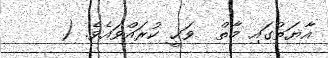
އާޔަތުގައި މާތް  ވަޙީ ކުރައްވައެވެ. (